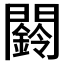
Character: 𮤧